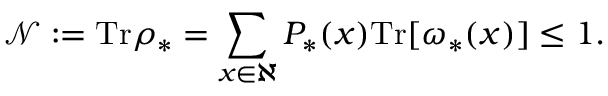
\mathcal { N } : = \mathrm { T r } \rho _ { \ast } = \sum _ { x \in \aleph } P _ { \ast } ( x ) \mathrm { T r } [ \omega _ { \ast } ( x ) ] \leq 1 .